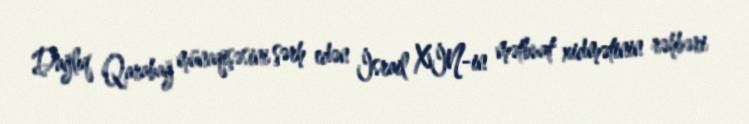
Dağlıq Qarabağ münaqişəsini şərh edən İsrail XİN-in mətbuat xidmətinin rəhbəri